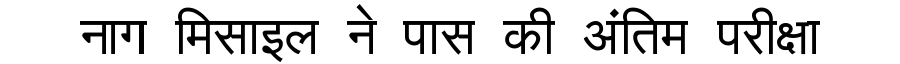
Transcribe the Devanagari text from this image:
नाग मिसाइल ने पास की अंतिम परीक्षा